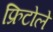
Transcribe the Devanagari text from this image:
फ्रिटोले